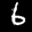
Label: 6